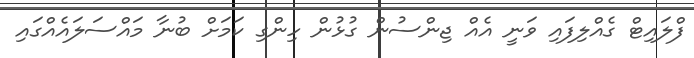
ފްލައިޓް ގެއްލިފައި ވަނީ އެއް ޖިންސުން ގުޅުން ހިންގި ކަމަށް ބުނާ މައްސަލައެއްގައި